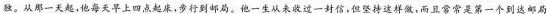
独。从那一天起，他每天早上四点起床，步行到邮局。他一生从未收过一封信，但坚持这样做，而且常常是第一个到达邮局